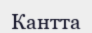
Кантта